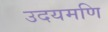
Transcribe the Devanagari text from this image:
उदयमणि